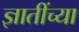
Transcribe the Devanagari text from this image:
ज्ञातींच्या